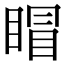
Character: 𥈆